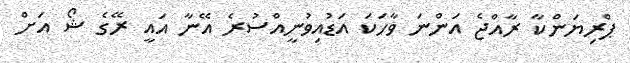
ޕްރިޔަންކާ ރާއްޖެ އަންނަ ވާހަކަ އަޑުއިވުނީއްސުރެ އޭނާ އައީ ރޭގެ ޝޯ އަށް